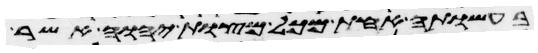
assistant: בעשותה אחת מכל מצות יהוה אשר